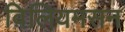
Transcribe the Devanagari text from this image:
व़िलियमसन